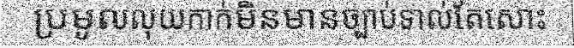
ប្រមូលលុយកាក់មិនមានច្បាប់ទាល់តែសោះ